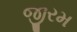
જીરમ